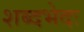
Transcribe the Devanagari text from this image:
शब्दभेदः